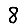
Digit: 8